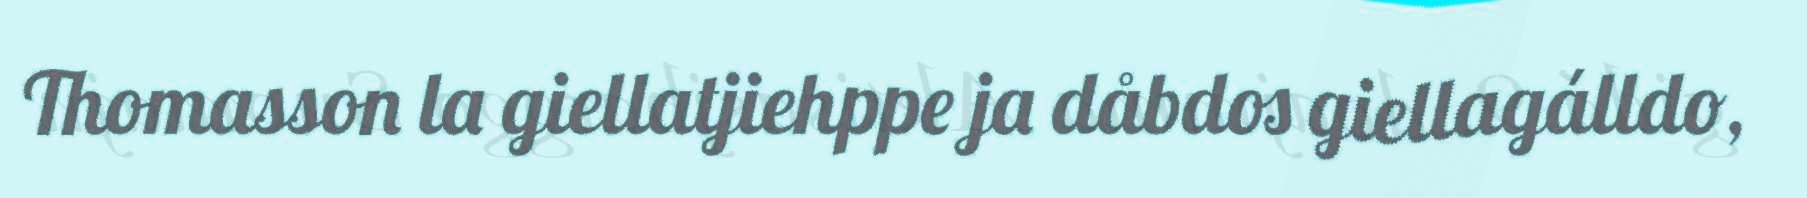
Thomasson la giellatjiehppe ja dåbdos giellagálldo,